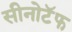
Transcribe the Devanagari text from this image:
सीनोटॅफ